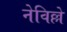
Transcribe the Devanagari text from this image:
नेविल्ले